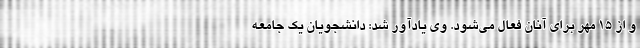
و از ۱۵ مهر برای آنان فعال می‌شود. وی یادآور شد: دانشجویان یک جامعه